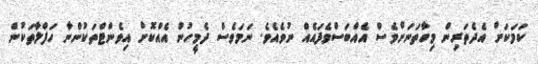
ކަމަކަށް އެދެތަރިން މިހާތަނަށްވެސް އެއްބަސްވެފައެއް ނުވެއެވެ. ނަމަވެސް ދެމީހުން އެއްކޮށް އިވެންޓްތަކުންނާ ހަފްލާތަކުން